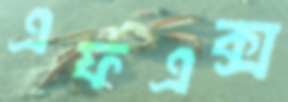
এফএক্স